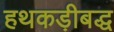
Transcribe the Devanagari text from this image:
हथकड़ीबद्ध